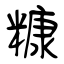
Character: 糠